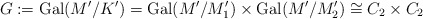
\begin{align*} G := {\rm Gal}(M'/K')={\rm Gal}(M'/M_1')\times{\rm Gal}(M'/M_2')\cong C_2\times C_2\end{align*}